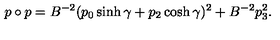
p \circ p = B ^ { - 2 } ( p _ { 0 } \sinh \gamma + p _ { 2 } \cosh \gamma ) ^ { 2 } + B ^ { - 2 } p _ { 3 } ^ { 2 } .